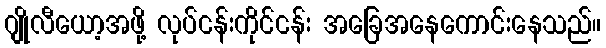
ဂျိုလီယော့အဖို့ လုပ်ငန်းကိုင်ငန်း အခြေအနေကောင်းနေသည်။